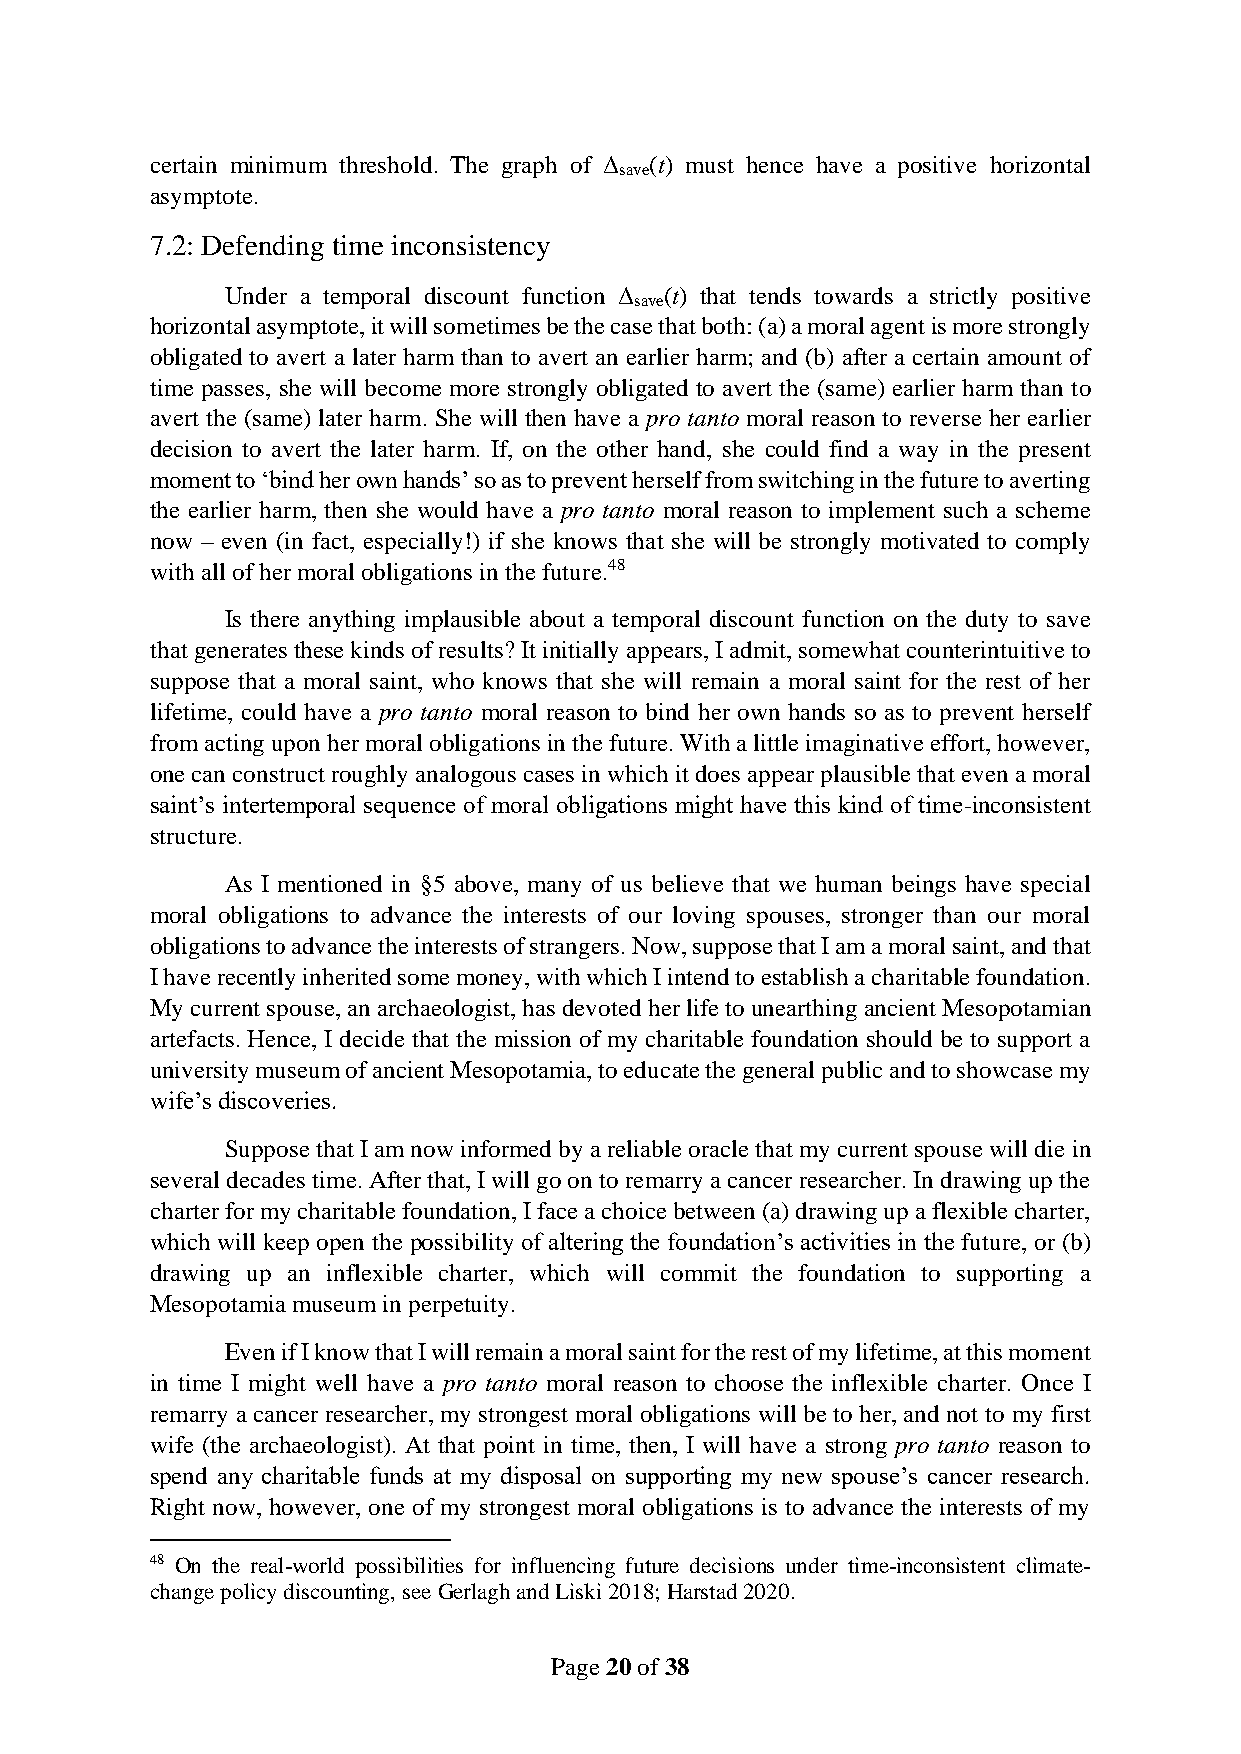
certain minimum threshold. The graph of Δ (t) must hence have a positive horizontal
 save
 asymptote.
 7.2: Defending time inconsistency
 Under a temporal discount function Δ (t) that tends towards a strictly positive
 save
 horizontal asymptote, it will sometimes be the case that both: (a) a moral agent is more strongly
 obligated to avert a later harm than to avert an earlier harm; and (b) after a certain amount of
 time passes, she will become more strongly obligated to avert the (same) earlier harm than to
 avert the (same) later harm. She will then have a pro tanto moral reason to reverse her earlier
 decision to avert the later harm. If, on the other hand, she could find a way in the present
 moment to ‘bind her own hands’ so as to prevent herself from switching in the future to averting
 the earlier harm, then she would have a pro tanto moral reason to implement such a scheme
 now – even (in fact, especially!) if she knows that she will be strongly motivated to comply
 with all of her moral obligations in the future.48
 Is there anything implausible about a temporal discount function on the duty to save
 that generates these kinds of results? It initially appears, I admit, somewhat counterintuitive to
 suppose that a moral saint, who knows that she will remain a moral saint for the rest of her
 lifetime, could have a pro tanto moral reason to bind her own hands so as to prevent herself
 from acting upon her moral obligations in the future. With a little imaginative effort, however,
 one can construct roughly analogous cases in which it does appear plausible that even a moral
 saint’s intertemporal sequence of moral obligations might have this kind of time-inconsistent
 structure.
 As I mentioned in §5 above, many of us believe that we human beings have special
 moral obligations to advance the interests of our loving spouses, stronger than our moral
 obligations to advance the interests of strangers. Now, suppose that I am a moral saint, and that
 I have recently inherited some money, with which I intend to establish a charitable foundation.
 My current spouse, an archaeologist, has devoted her life to unearthing ancient Mesopotamian
 artefacts. Hence, I decide that the mission of my charitable foundation should be to support a
 university museum of ancient Mesopotamia, to educate the general public and to showcase my
 wife’s discoveries.
 Suppose that I am now informed by a reliable oracle that my current spouse will die in
 several decades time. After that, I will go on to remarry a cancer researcher. In drawing up the
 charter for my charitable foundation, I face a choice between (a) drawing up a flexible charter,
 which will keep open the possibility of altering the foundation’s activities in the future, or (b)
 drawing up an inflexible charter, which will commit the foundation to supporting a
 Mesopotamia museum in perpetuity.
 Even if I know that I will remain a moral saint for the rest of my lifetime, at this moment
 in time I might well have a pro tanto moral reason to choose the inflexible charter. Once I
 remarry a cancer researcher, my strongest moral obligations will be to her, and not to my first
 wife (the archaeologist). At that point in time, then, I will have a strong pro tanto reason to
 spend any charitable funds at my disposal on supporting my new spouse’s cancer research.
 Right now, however, one of my strongest moral obligations is to advance the interests of my
 48 On the real-world possibilities for influencing future decisions under time-inconsistent climate-
 change policy discounting, see Gerlagh and Liski 2018; Harstad 2020.
 Page 20 of 38